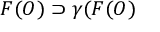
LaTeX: { \cal F } ( { \cal O } ) \supset \gamma ( { \cal F } ( { \cal O } )